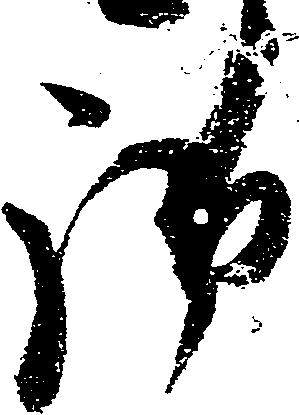
御